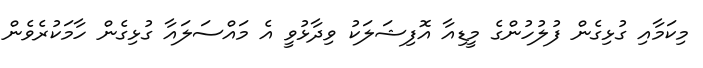
މިކަމާއި ގުޅިގެން ފުލުހުންގެ މީޑިއާ އޮފިޝަލަކު ވިދާޅުވީ އެ މައްސަލައާ ގުޅިގެން ހާމަކުރެވެން